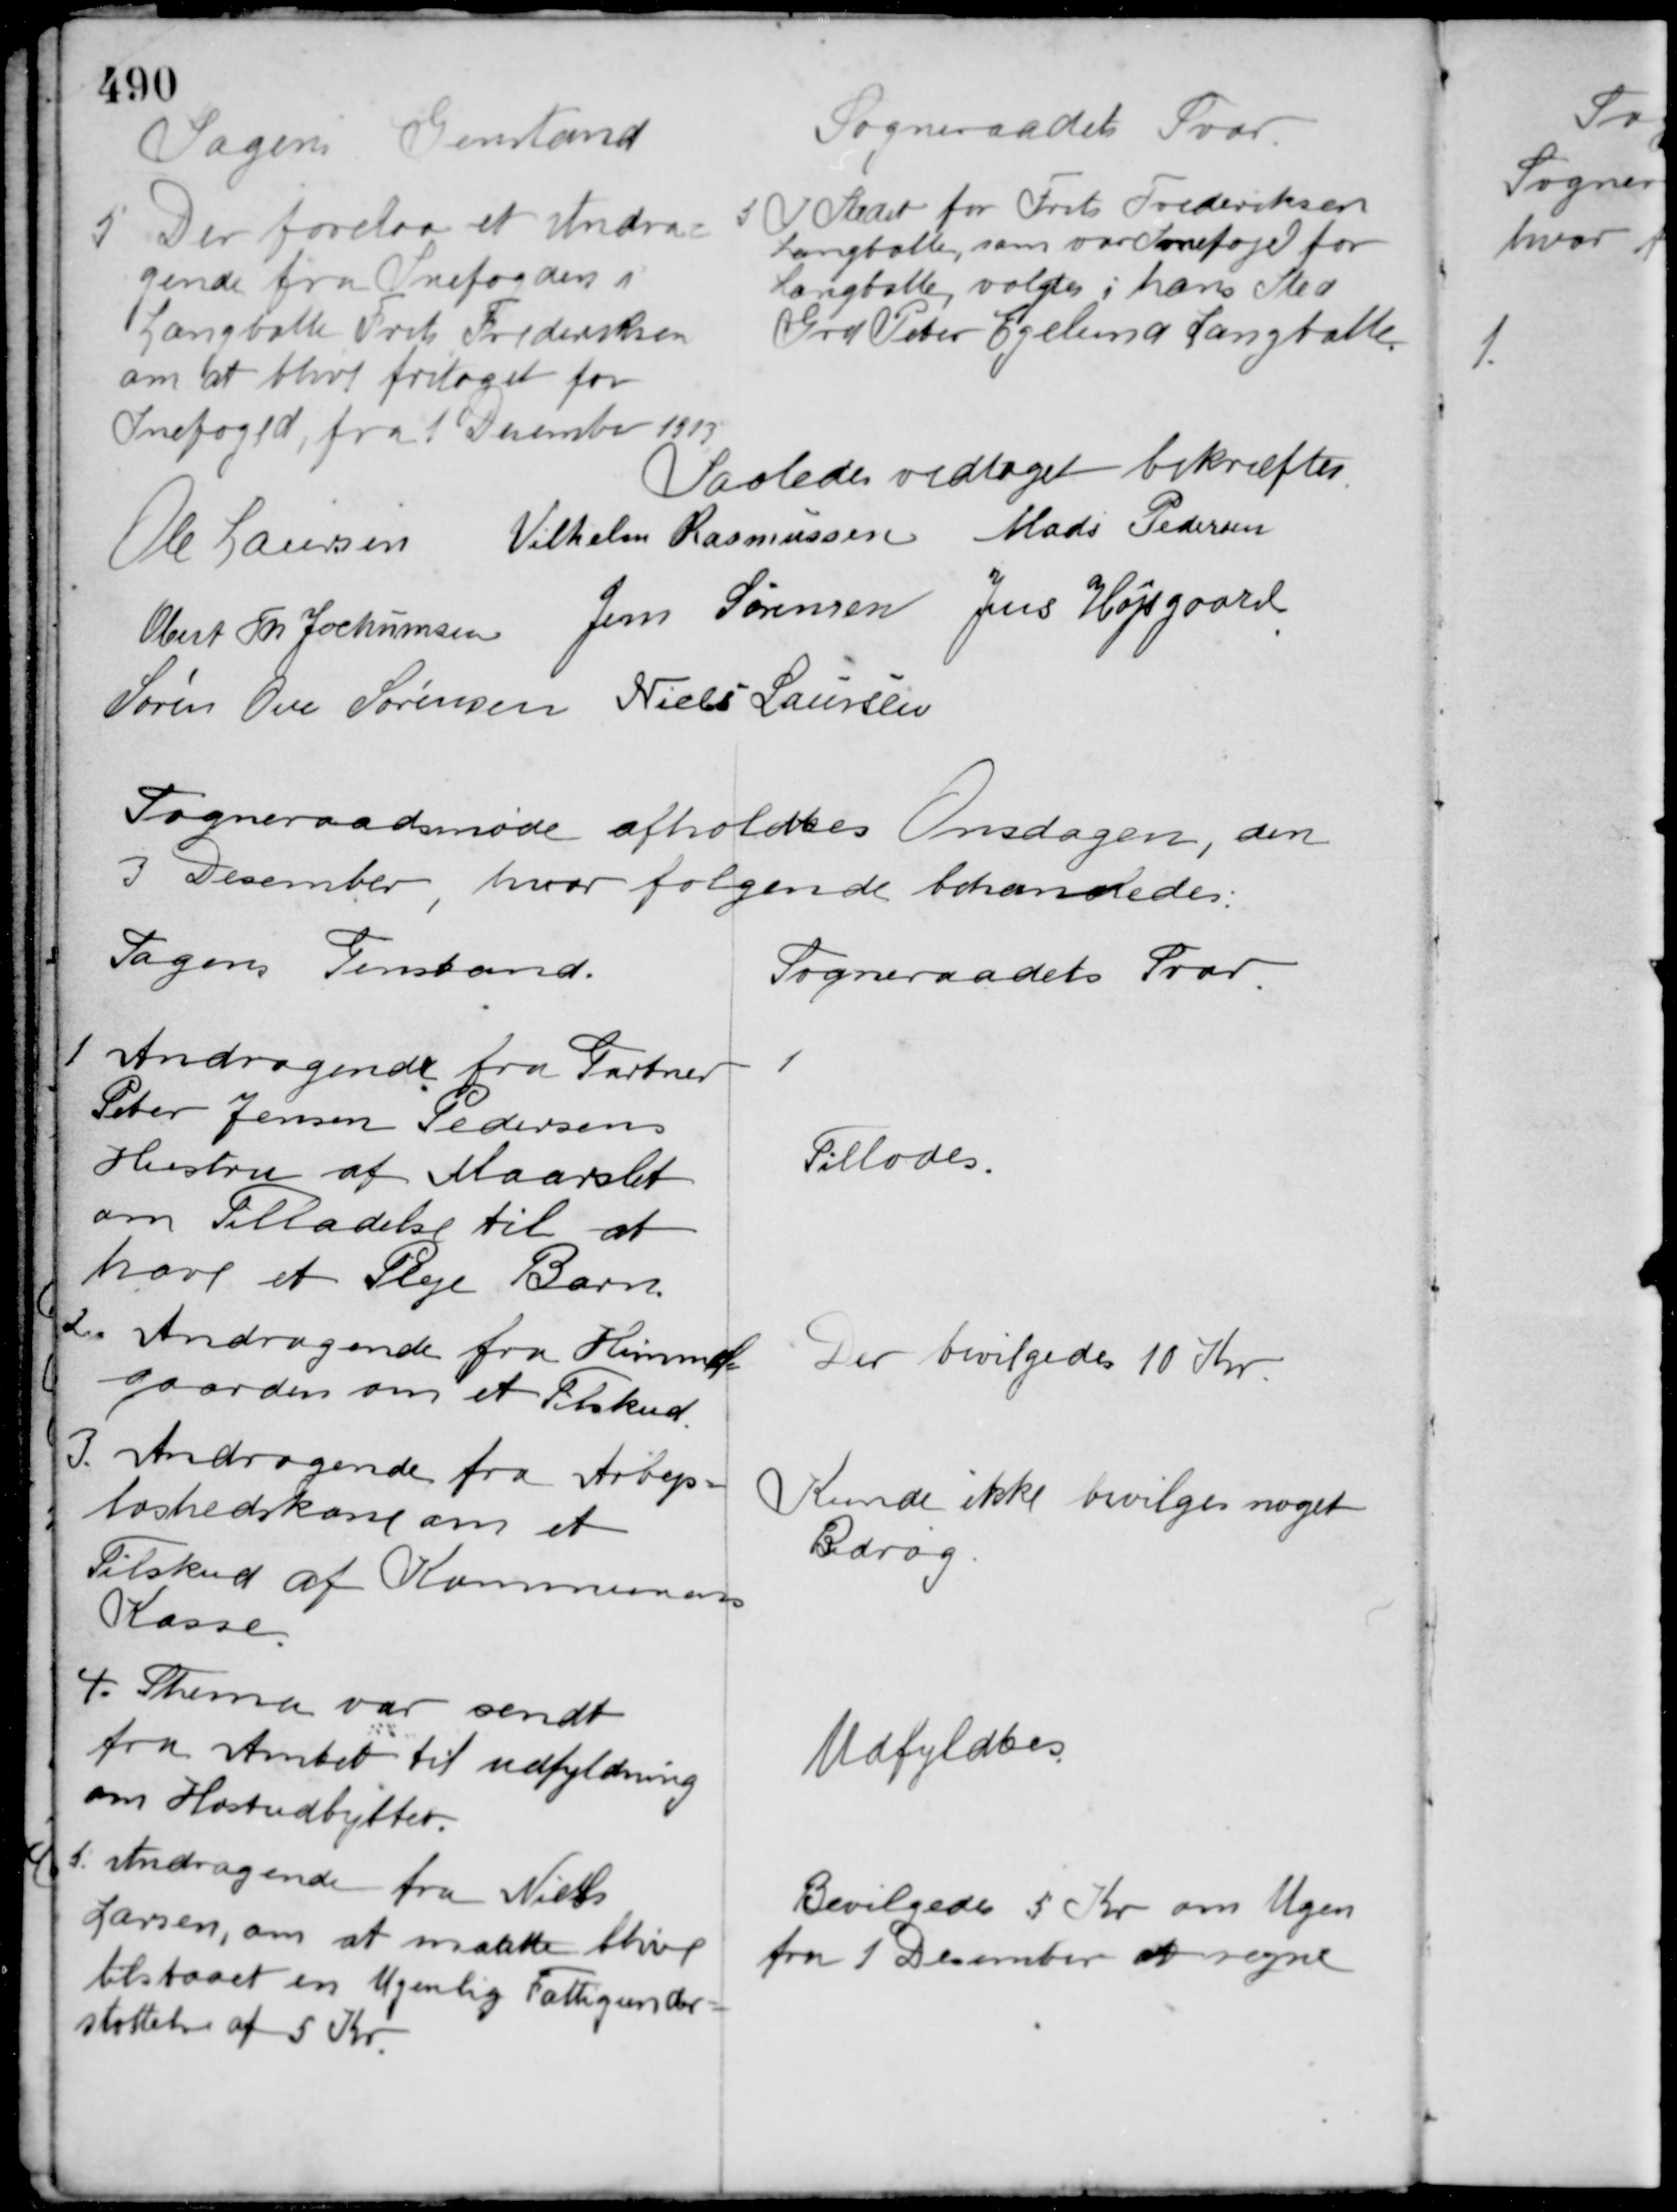
Transskription:
Sagens Genstand

Sogneraadets Svar

5. Der forelaa et Andra-
gende fra Snefoged i
Langballe Frits Frederiksen
om at blive fritaget for
Snefoged, fra 1 December 1913

5 I Stedet for Frits Frederiksen
Langballe, som var Snefoged for
Langballe, valgtes i hans Sted
Grd. Peter Egelund Langballe.

Saaledes vedtaget bekræftes
Ole Laursen Vilhelm Rasmussen Mads Pedersen
Obert Th. Jochumsen Jens Sørensen Jens Højsgaard
Søren Ove Sørensen Niels Laursen

Sogneraadsmøde afholdtes Onsdagen, den
3 December, hvor følgende behandledes:

Sagens Genstand.

Sogneraadets Svar

1 Andragende fra Gartner
Peter Jensen Pedersens
Hustru af Maarslet
om Tilladelse til at
have et Pleje Barn.

Tillodes

2. Andragende fra Himmel
gaarden om et Tilskud.

Der bevilgedes 10 Kr.

3. Andragende fra Arbejs-
løshedskasse om et
Tilskud af Kommunens
Kasse.

Kunde ikke bevilges noget
Bidrag.

4. Skema var sendt
fra Amtet til udfyldning
om Høstudbyttet.

Udfyldtes

5. Andragende fra Niels
Larsen, om at maatte blive
tilstaaet en Ugenlig Fattigunder-
støttelse af 5 Kr.

Bevilgedes 5 Kr. om Ugen
fra 1 December at regne.